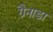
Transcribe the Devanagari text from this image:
ग्रैनाडा